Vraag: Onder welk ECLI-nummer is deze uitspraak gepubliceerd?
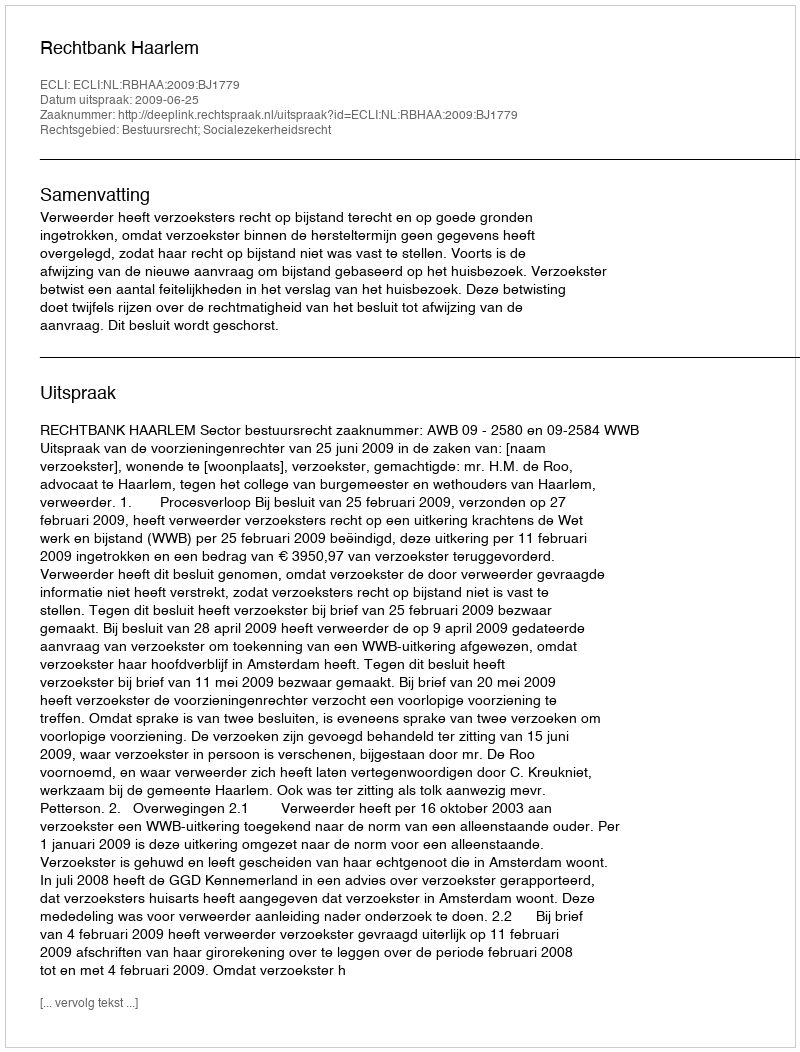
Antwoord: ECLI:NL:RBHAA:2009:BJ1779